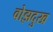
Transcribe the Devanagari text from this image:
वोझदुख